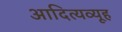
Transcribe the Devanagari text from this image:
आदित्यव्यूह